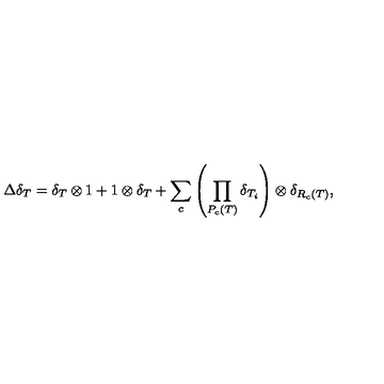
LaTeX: \Delta \delta _ { T } = \delta _ { T } \otimes 1 + 1 \otimes \delta _ { T } + \sum _ { c } \left( \prod _ { P _ { c } ( T ) } \delta _ { T _ { i } } \right) \otimes \delta _ { R _ { c } ( T ) } ,